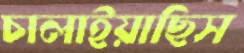
চালাইয়াছিস